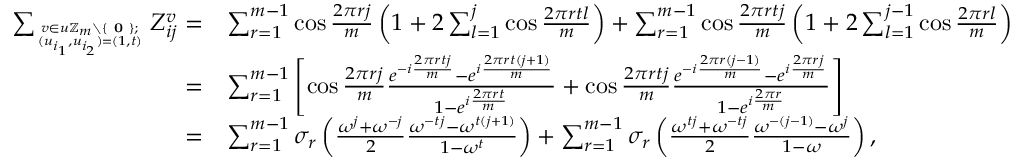
\begin{array} { r l } { \sum _ { \boldsymbol { v } \in \boldsymbol { u } \mathbb { Z } _ { m } \setminus \{ \textbf { 0 } \} ; \atop ( u _ { i _ { 1 } } , u _ { i _ { 2 } } ) = ( 1 , t ) } Z _ { i j } ^ { \boldsymbol { v } } = } & { \sum _ { r = 1 } ^ { m - 1 } \cos \frac { 2 \pi r j } { m } \left( 1 + 2 \sum _ { l = 1 } ^ { j } \cos \frac { 2 \pi r t l } { m } \right) + \sum _ { r = 1 } ^ { m - 1 } \cos \frac { 2 \pi r t j } { m } \left( 1 + 2 \sum _ { l = 1 } ^ { j - 1 } \cos \frac { 2 \pi r l } { m } \right) } \\ { = } & { \sum _ { r = 1 } ^ { m - 1 } \left[ \cos \frac { 2 \pi r j } { m } \frac { e ^ { - i \frac { 2 \pi r t j } { m } } - e ^ { i \frac { 2 \pi r t ( j + 1 ) } { m } } } { 1 - e ^ { i \frac { 2 \pi r t } { m } } } + \cos \frac { 2 \pi r t j } { m } \frac { e ^ { - i \frac { 2 \pi r ( j - 1 ) } { m } } - e ^ { i \frac { 2 \pi r j } { m } } } { 1 - e ^ { i \frac { 2 \pi r } { m } } } \right] } \\ { = } & { \sum _ { r = 1 } ^ { m - 1 } \sigma _ { r } \left( \frac { \omega ^ { j } + \omega ^ { - j } } { 2 } \frac { \omega ^ { - t j } - \omega ^ { t ( j + 1 ) } } { 1 - \omega ^ { t } } \right) + \sum _ { r = 1 } ^ { m - 1 } \sigma _ { r } \left( \frac { \omega ^ { t j } + \omega ^ { - t j } } { 2 } \frac { \omega ^ { - ( j - 1 ) } - \omega ^ { j } } { 1 - \omega } \right) , } \end{array}